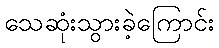
သေဆုံးသွားခဲ့ကြောင်း